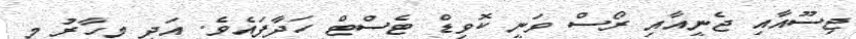
ޖިސޫއާއި ޖެނީއާއި ރޯސް ވަނީ ކޮވިޑް ޓެސްޓް ހަދާފައެވެ. އަދި މިހާރު މި